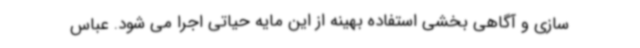
سازی و آگاهی بخشی استفاده بهینه از این مایه حیاتی اجرا می شود. عباس